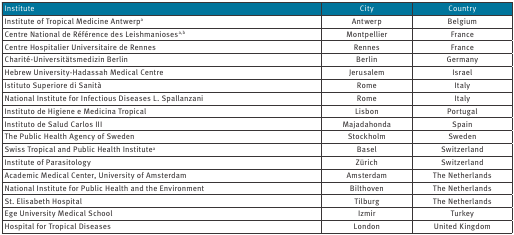
| Institute | City | Country |
 | --- | --- | --- |
 | Institute of Tropical Medicine Antwerpa | Antwerp | Belgium |
 | Centre National de Référence des Leishmaniosesa,b | Montpellier | France |
 | Centre Hospitalier Universitaire de Rennes | Rennes | France |
 | Charité-Universitätsmedizin Berlin | Berlin | Germany |
 | Hebrew University-Hadassah Medical Centre | Jerusalem | Israel |
 | Istituto Superiore di Sanità | Rome | Italy |
 | National Institute for Infectious Diseases L. Spallanzani | Rome | Italy |
 | Instituto de Higiene e Medicina Tropical | Lisbon | Portugal |
 | Instituto de Salud Carlos III | Majadahonda | Spain |
 | The Public Health Agency of Sweden | Stockholm | Sweden |
 | Swiss Tropical and Public Health Institutea | Basel | Switzerland |
 | Institute of Parasitology | Zürich | Switzerland |
 | Academic Medical Center, University of Amsterdam | Amsterdam | The Netherlands |
 | National Institute for Public Health and the Environment | Bilthoven | The Netherlands |
 | St. Elisabeth Hospital | Tilburg | The Netherlands |
 | Ege University Medical School | Izmir | Turkey |
 | Hospital for Tropical Diseases | London | United Kingdom |